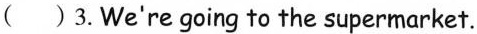
( ) 3.We're going to the supermarket.